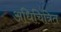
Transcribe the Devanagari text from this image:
अधिचित्रित